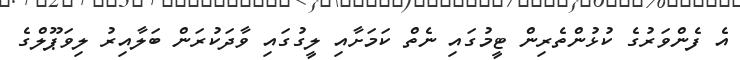
އެ ފެންވަރުގެ ކުޅުންތެރިން ޓީމުގައި ނެތް ކަމަށާއި ލީގުގައި ވާދަކުރަން ބަލާއިރު ލިވަޕޫލްގެ